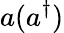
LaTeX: a(a^{\dagger})